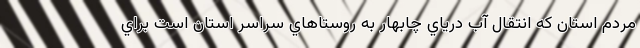
مردم استان كه انتقال آب درياي چابهار به روستاهاي سراسر استان است براي